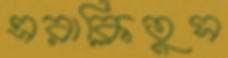
এরাক্লিতুস